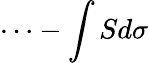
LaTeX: \cdots-\int Sd\sigma